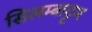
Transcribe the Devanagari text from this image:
सिलम्बाट्टम